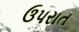
ઉપરાત